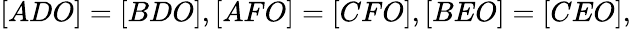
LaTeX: [ADO]=[BDO],[AFO]=[CFO],[BEO]=[CEO],